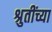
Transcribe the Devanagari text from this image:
श्रुतींच्या